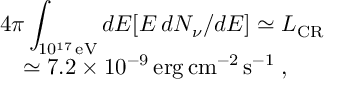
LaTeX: \begin{array} { l } { { \displaystyle 4 \pi \int _ { 1 0 ^ { 1 7 } \, \mathrm { e V } } d E [ E \, d N _ { \nu } / d E ] \simeq { \cal L } _ { \mathrm { C R } } } } \\ { { \quad \simeq 7 . 2 \times 1 0 ^ { - 9 } \, \mathrm { e r g \, c m ^ { - 2 } \, s ^ { - 1 } \; , } } } \end{array}